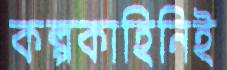
কল্পকাহিনিই